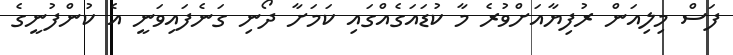
ފަސް މިލިއަން ރުފިޔާއަށްވުރެ މާ ކުޑައަގެއްގައި ކަމަށާ ދޯނި ގަނެފައިވަނީ އެ ކުންފުނީގެ